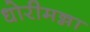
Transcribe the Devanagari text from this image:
धोरीमन्ना